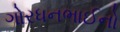
ગોરધનભાઈનો